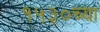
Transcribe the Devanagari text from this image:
१५३०च्या